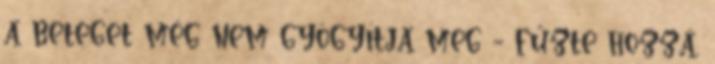
a beteget még nem gyógyítja meg - fűzte hozzá.